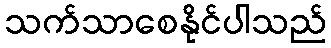
သက်သာစေနိုင်ပါသည်